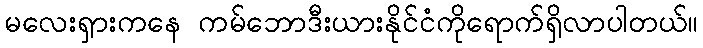
မလေးရှားကနေ ကမ်ဘောဒီးယားနိုင်ငံကိုရောက်ရှိလာပါတယ်။